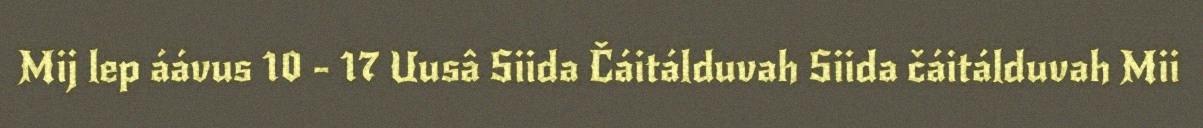
Mij lep áávus 10 - 17 Uusâ Siida Čáitálduvah Siida čáitálduvah Mii